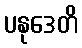
ပနုဒေတိ